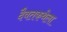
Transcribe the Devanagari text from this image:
दैवतकथेला